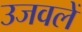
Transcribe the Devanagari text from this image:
उजवलें